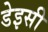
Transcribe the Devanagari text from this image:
डेइसी